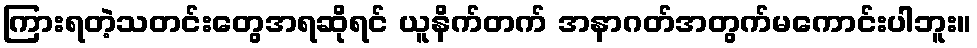
ကြားရတဲ့သတင်းတွေအရဆိုရင် ယူနိက်တက် အနာဂတ်အတွက်မကောင်းပါဘူး။